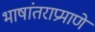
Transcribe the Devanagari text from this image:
भाषांतराप्रमाणे